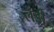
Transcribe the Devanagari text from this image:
लँड्री